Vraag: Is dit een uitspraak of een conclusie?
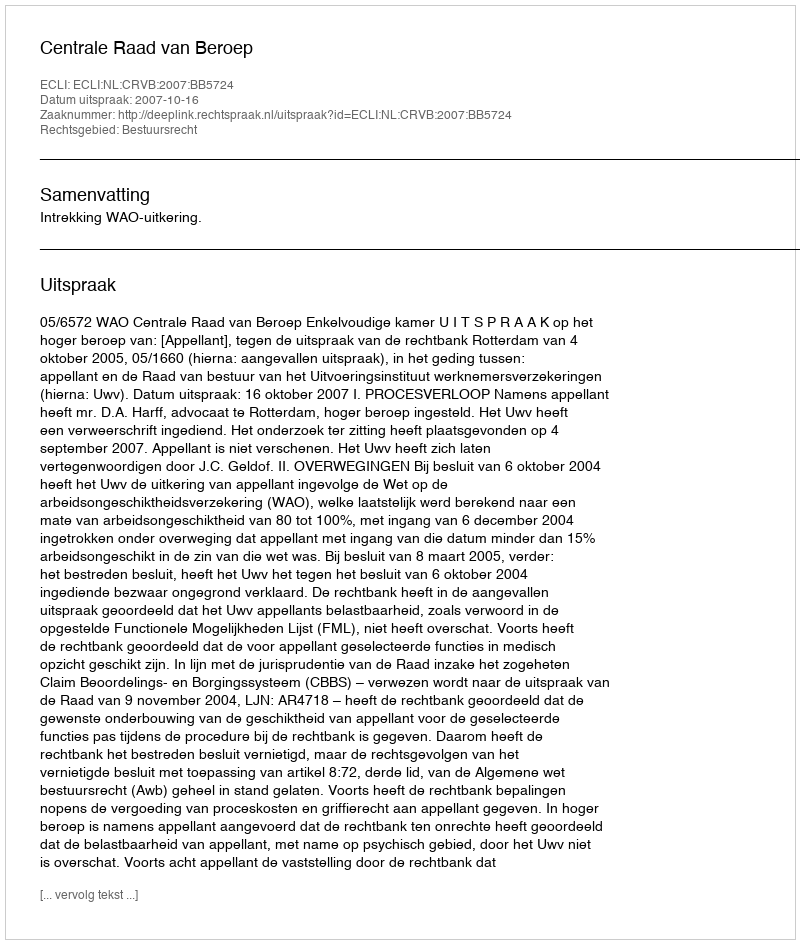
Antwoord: Uitspraak